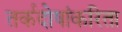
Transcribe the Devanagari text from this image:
तर्कदोषांकरिता